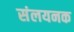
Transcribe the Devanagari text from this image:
संलयनक